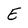
Character: E